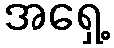
အရှေ့